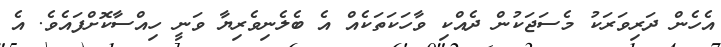
އެހެން ދަރިވަރަކު މެސަޖަކުން ދެއްކި ވާހަކަތަކެއް އެ ބެލެނިވެރިޔާ ވަނީ ހިއްސާކޮށްފައެވެ. އެ